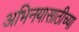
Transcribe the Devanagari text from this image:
अभिनयासाठीच्या